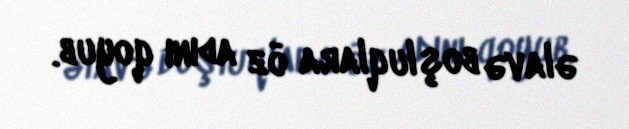
əlavə boşluqlara öz adını qoyub.